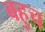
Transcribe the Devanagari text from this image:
बहुच